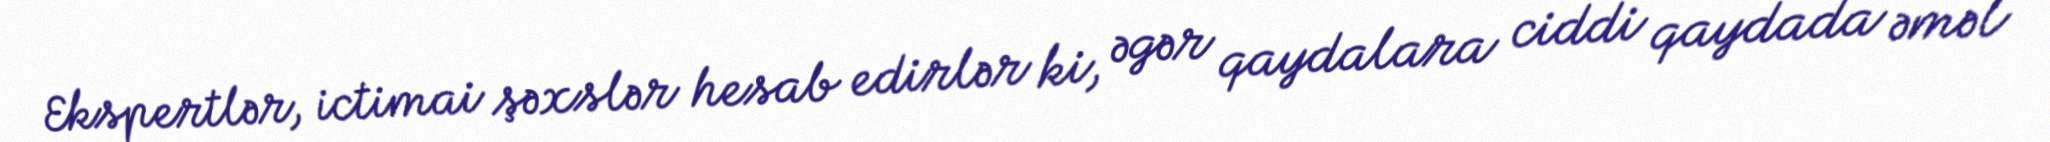
Ekspertlər, ictimai şəxslər hesab edirlər ki, əgər qaydalara ciddi qaydada əməl